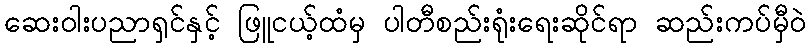
ဆေးဝါးပညာရှင်နှင့် ဖြူငယ့်ထံမှ ပါတီစည်းရုံးရေးဆိုင်ရာ ဆည်းကပ်မှီဝဲ